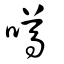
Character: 噂